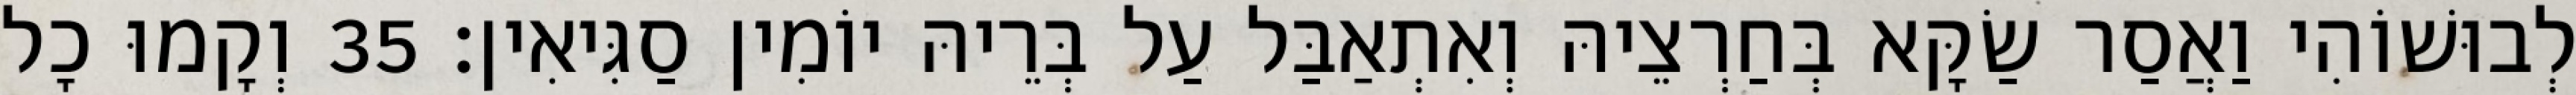
לְבוּשׁוֹהִי וַאֲסַר שַׂקָּא בְּחַרְצֵיהּ וְאִתְאַבַּל עַל בְּרֵיהּ יוֹמִין סַגִּיאִין׃ 35 וְקָמוּ כָל